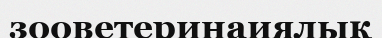
зооветеринаиялық